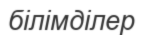
білімділер